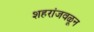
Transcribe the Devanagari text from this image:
शहरांजवळून